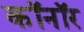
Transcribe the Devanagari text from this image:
कॉनॉर